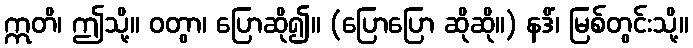
ဣတိ၊ ဤသို့။ ဝတွာ၊ ပြောဆို၍။ (ပြောပြော ဆိုဆို။) နဒိံ၊ မြစ်တွင်းသို့။